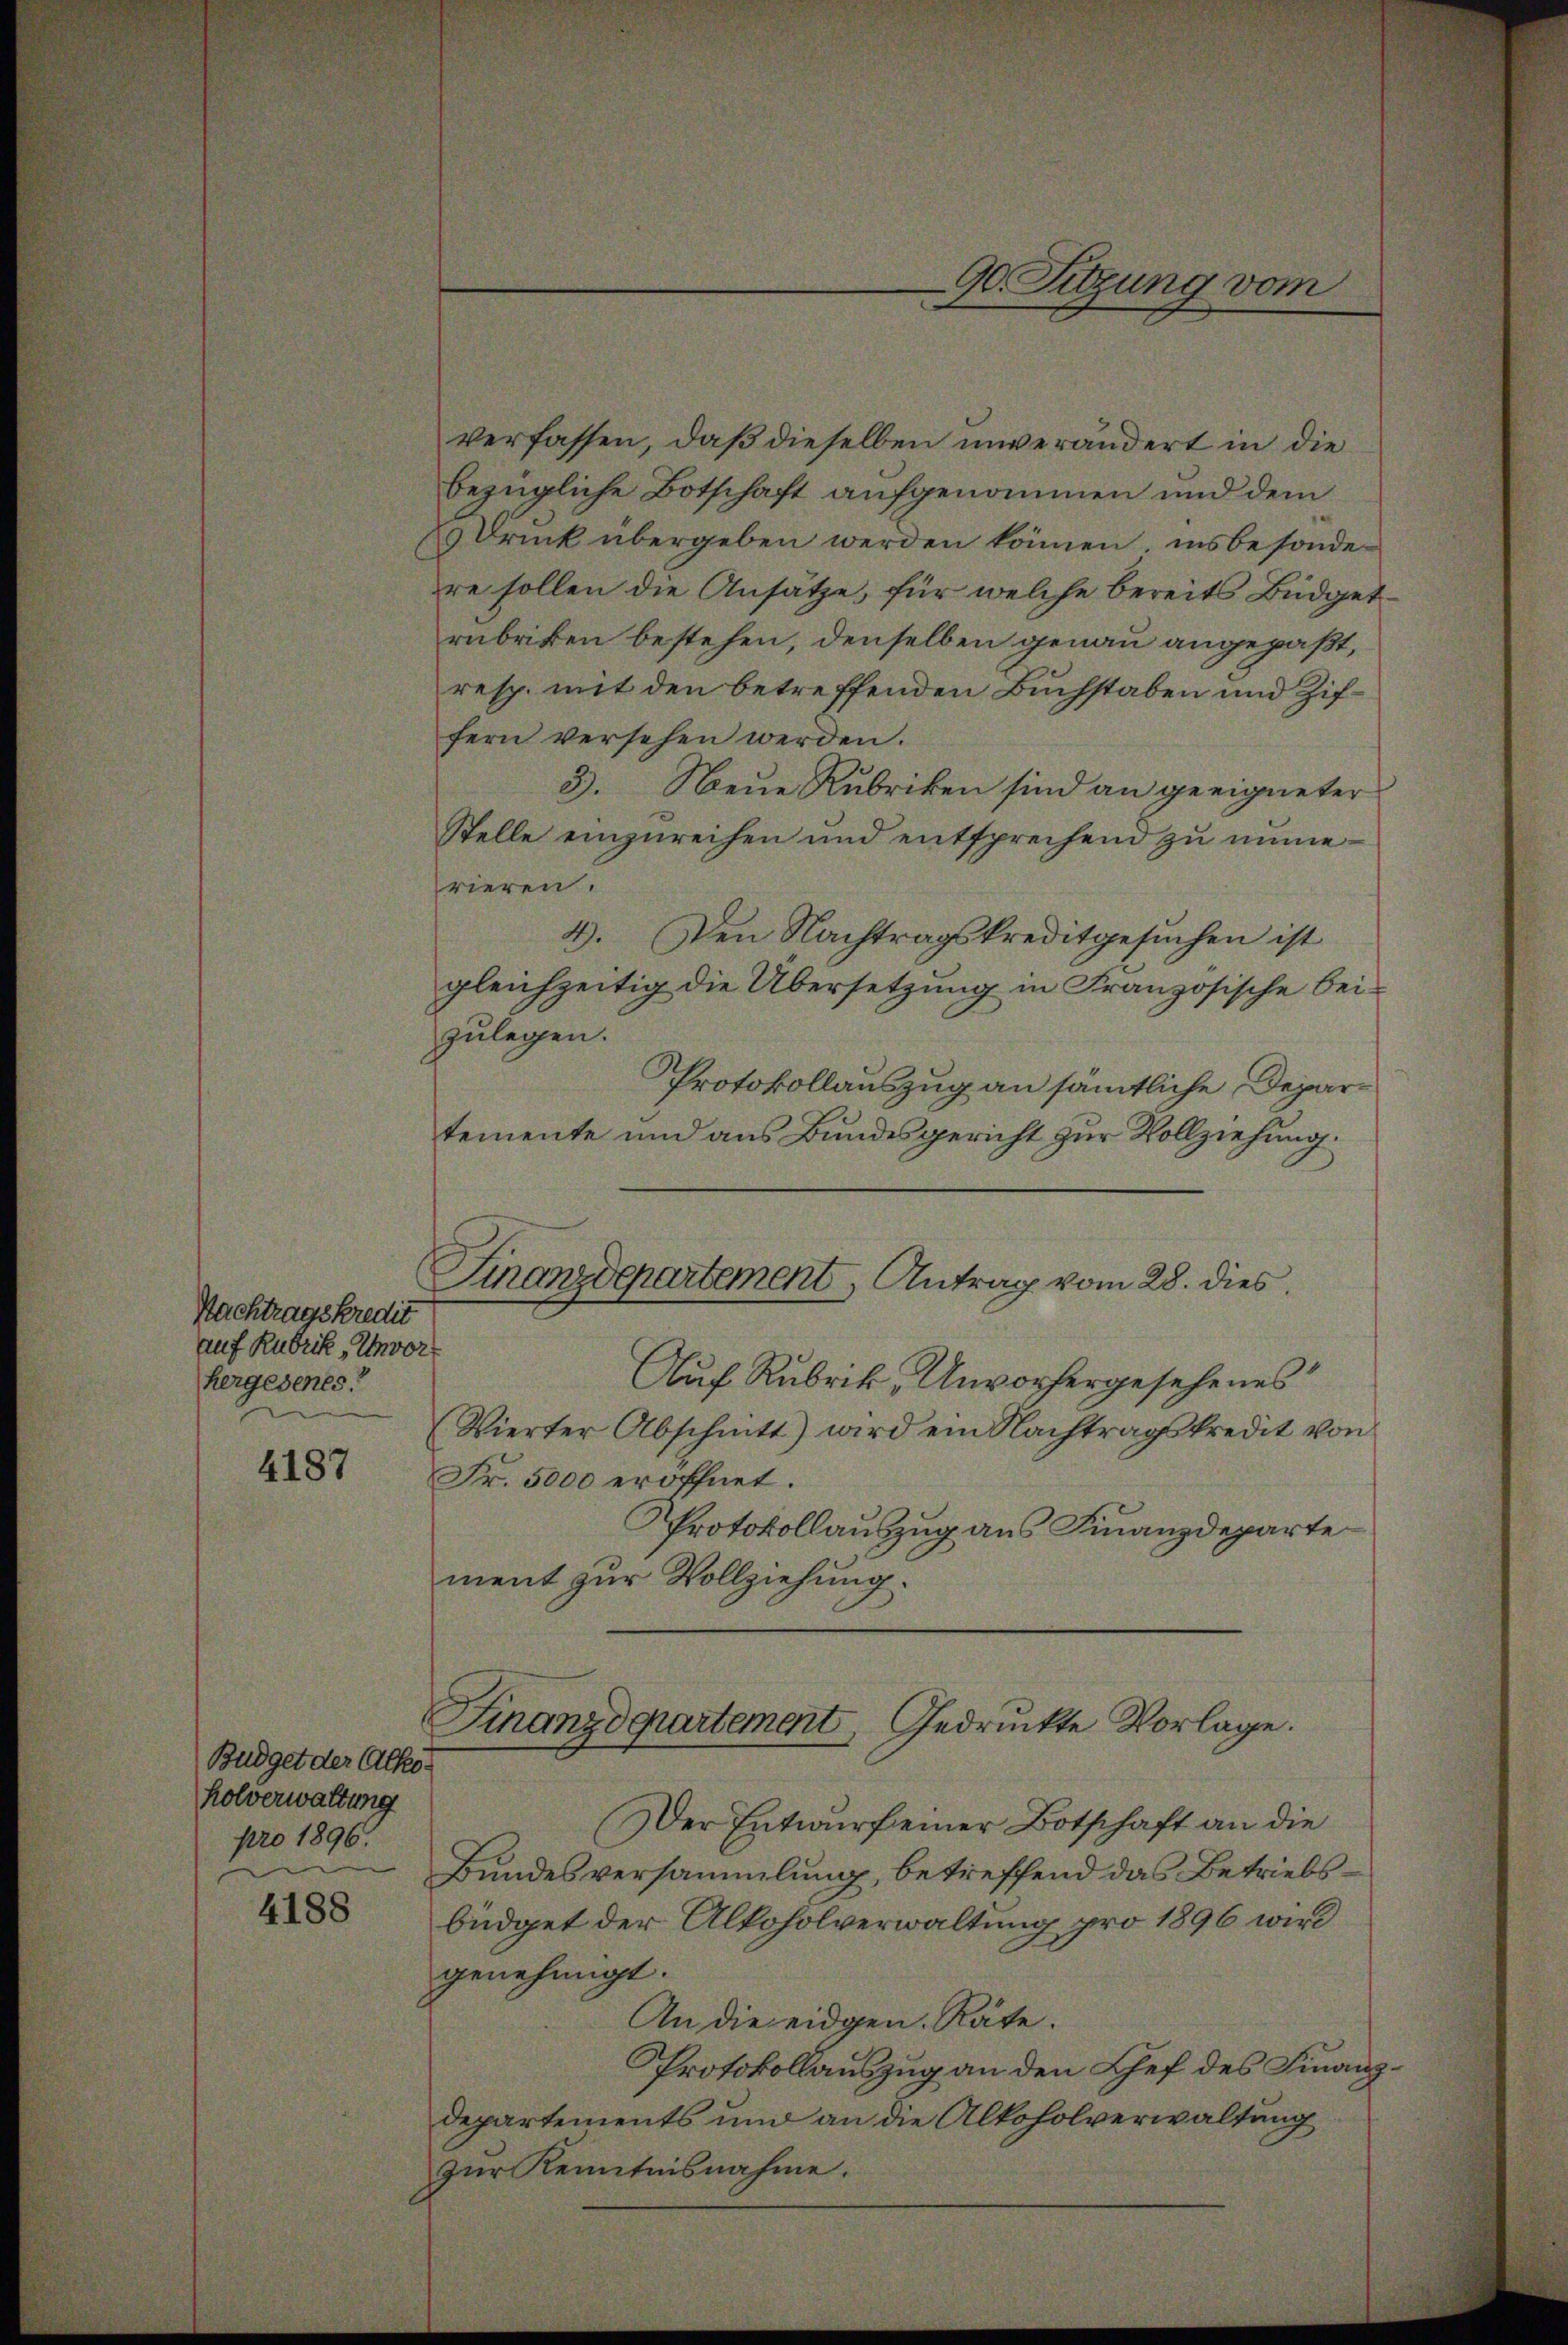
Nachtragskredit
auf Rubrik, Unvor
hergesenes

4187

verfassen, daß dieselben unverändert in die
bezügliche Botschaft aufgenommen und dem
 Druck übergeben werden können, insbesondere sollen die Ansätze, für welche bereits Büdgetrubriken bestehen, denselben genau angepaßt,
resp. mit den betreffenden Buchstaben und Ziffern versehen werden.
3. Neue Rubriken sind an geeigneter
Stelle einzureihen und entsprechend zu immerieren.
4. Den Nachtragskreditgesŭchen ist
gleichzeitig die Übersetzung in Französische beizulegen.
Protokollauszug an sämmtliche Departemente und aus Bundesgericht zur Vollziehung.
Finanzdepartement, Antrag vom 28. dies
Auf Rubrik „Unvorhergesehenes
Vierter Abschnitt) wird ein Nachtragskredit von
Fr. 5000 eröffnet.
Protokollauszug aus Finanzdeparte
ment zur Vollziehung.

Budget der Alkoholverwaltung
pro 1896.

4188

G. Sitzung vom

Finanzdepartement, Gedrückte Vorlage.

Der Entwurf einer Botschaft an die
Bundesversammlung, betreffend das Betriebsbüdget der Alkoholverwaltung pro 1896 wird
genehmigt.
An die eidgen. Räte.
Protokollauszug an den Chef des Finanzdepartements und an die Alkoholverwaltung
zur Kenntnisnahme.